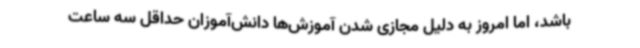
باشد، اما امروز به دلیل مجازی شدن آموزش‌ها دانش‌آموزان حداقل سه ساعت